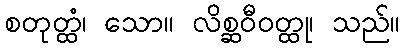
စတုတ္ထံ၊ သော။ လိစ္ဆဝီဝတ္ထု၊ သည်။